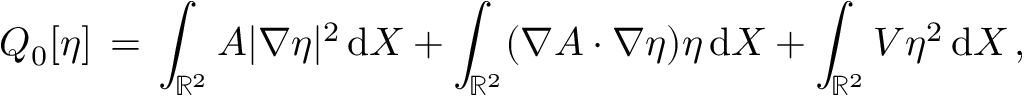
Q _ { 0 } [ \eta ] \, = \, \int _ { \mathbb { R } ^ { 2 } } A | \nabla \eta | ^ { 2 } \, \mathrm { d } X + \int _ { \mathbb { R } ^ { 2 } } ( \nabla A \cdot \nabla \eta ) \eta \, \mathrm { d } X + \int _ { \mathbb { R } ^ { 2 } } V \eta ^ { 2 } \, \mathrm { d } X \, ,